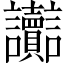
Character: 讟